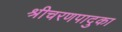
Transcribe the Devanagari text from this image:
श्रीचरणपादुका